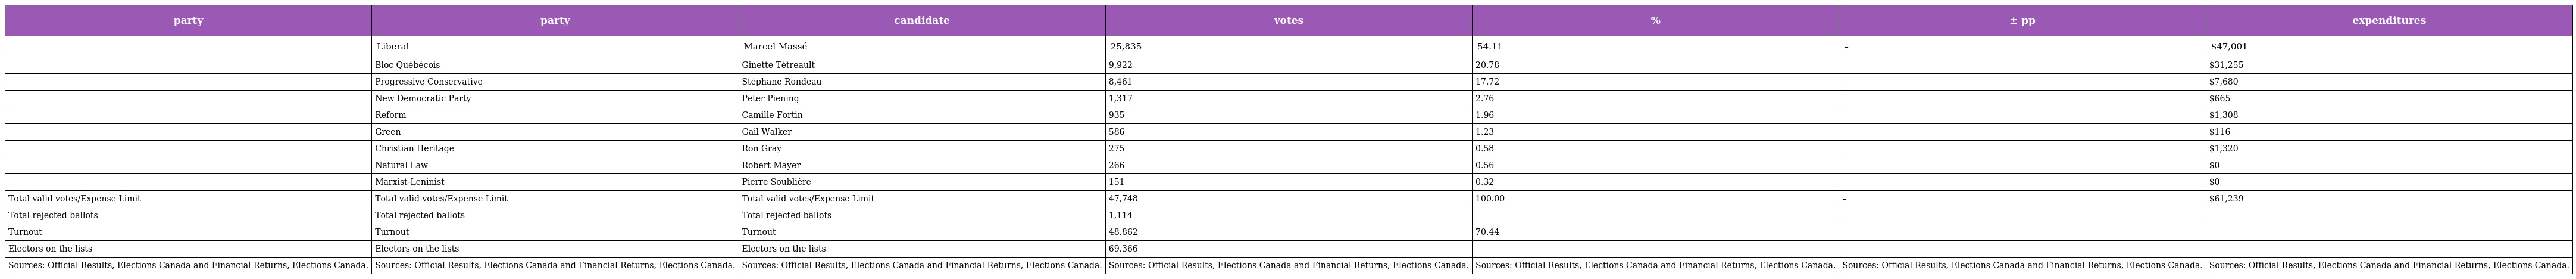
| party | party | candidate | votes | % | ± pp | expenditures |
 | --- | --- | --- | --- | --- | --- | --- |
 |  | Liberal | Marcel Massé | 25,835 | 54.11 | – | $47,001 |
 |  | Bloc Québécois | Ginette Tétreault | 9,922 | 20.78 |  | $31,255 |
 |  | Progressive Conservative | Stéphane Rondeau | 8,461 | 17.72 |  | $7,680 |
 |  | New Democratic Party | Peter Piening | 1,317 | 2.76 |  | $665 |
 |  | Reform | Camille Fortin | 935 | 1.96 |  | $1,308 |
 |  | Green | Gail Walker | 586 | 1.23 |  | $116 |
 |  | Christian Heritage | Ron Gray | 275 | 0.58 |  | $1,320 |
 |  | Natural Law | Robert Mayer | 266 | 0.56 |  | $0 |
 |  | Marxist-Leninist | Pierre Soublière | 151 | 0.32 |  | $0 |
 | Total valid votes/Expense Limit | Total valid votes/Expense Limit | Total valid votes/Expense Limit | 47,748 | 100.00 | – | $61,239 |
 | Total rejected ballots | Total rejected ballots | Total rejected ballots | 1,114 |  |  |  |
 | Turnout | Turnout | Turnout | 48,862 | 70.44 |  |  |
 | Electors on the lists | Electors on the lists | Electors on the lists | 69,366 |  |  |  |
 | Sources: Official Results, Elections Canada and Financial Returns, Elections Canada. | Sources: Official Results, Elections Canada and Financial Returns, Elections Canada. | Sources: Official Results, Elections Canada and Financial Returns, Elections Canada. | Sources: Official Results, Elections Canada and Financial Returns, Elections Canada. | Sources: Official Results, Elections Canada and Financial Returns, Elections Canada. | Sources: Official Results, Elections Canada and Financial Returns, Elections Canada. | Sources: Official Results, Elections Canada and Financial Returns, Elections Canada. |